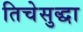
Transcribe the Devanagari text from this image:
तिचेसुद्धा